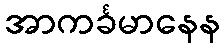
အာကင်္ခမာနေန